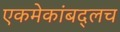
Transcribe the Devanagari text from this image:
एकमेकांबद्लच